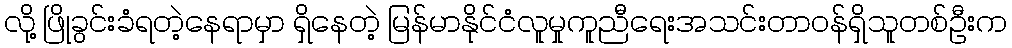
လို့ ဖြိုခွင်းခံရတဲ့နေရာမှာ ရှိနေတဲ့ မြန်မာနိုင်ငံလူမှုကူညီရေးအသင်းတာဝန်ရှိသူတစ်ဦးက